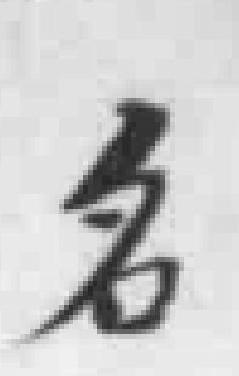
名